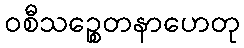
ဝစီသဉ္စေတနာဟေတု